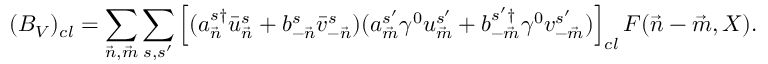
( { \cal B } _ { V } ) _ { c l } = \sum _ { { \vec { n } } , { \vec { m } } } \sum _ { s , s ^ { \prime } } \left[ ( a _ { \vec { n } } ^ { s \dagger } \bar { u } _ { \vec { n } } ^ { s } + b _ { - { \vec { n } } } ^ { s } \bar { v } _ { - { \vec { n } } } ^ { s } ) ( a _ { \vec { m } } ^ { s ^ { \prime } } \gamma ^ { 0 } u _ { \vec { m } } ^ { s ^ { \prime } } + b _ { - { \vec { m } } } ^ { s ^ { \prime } \dagger } \gamma ^ { 0 } v _ { - { \vec { m } } } ^ { s ^ { \prime } } ) \right] _ { c l } F ( { \vec { n } } - { \vec { m } } , X ) .